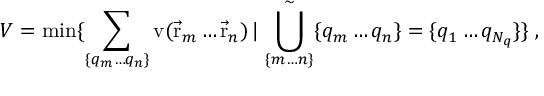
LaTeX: V = \operatorname * { m i n } \{ \sum _ { \{ q _ { m } \ldots q _ { n } \} } \mathrm { v } ( { \vec { \mathrm { r } } } _ { m } \ldots { \vec { \mathrm { r } } } _ { n } ) \, | \, \bigcup _ { \{ m \ldots n \} } ^ { \sim } \{ q _ { m } \ldots q _ { n } \} = \{ q _ { 1 } \ldots q _ { N _ { q } } \} \} \; ,